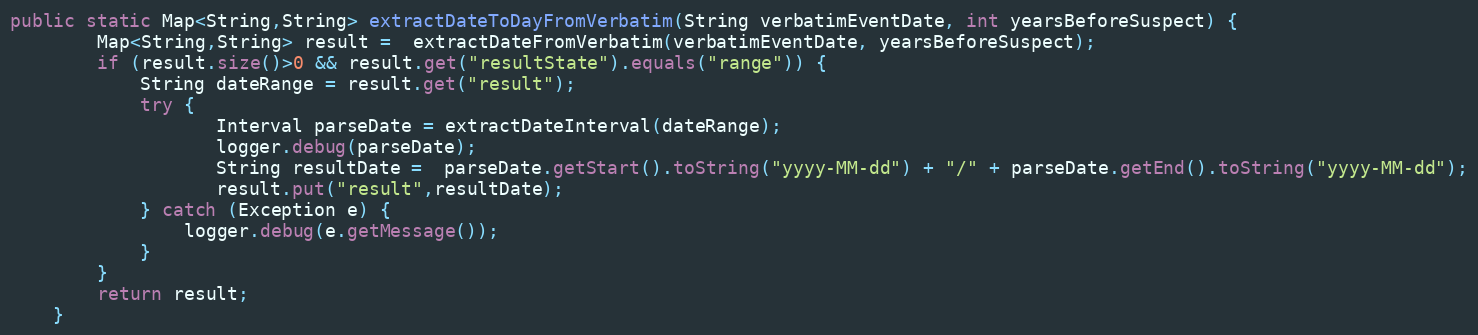
Language: Java
public static Map<String,String> extractDateToDayFromVerbatim(String verbatimEventDate, int yearsBeforeSuspect) {
		Map<String,String> result =  extractDateFromVerbatim(verbatimEventDate, yearsBeforeSuspect);
		if (result.size()>0 && result.get("resultState").equals("range")) {
			String dateRange = result.get("result");
			try {
				   Interval parseDate = extractDateInterval(dateRange);
				   logger.debug(parseDate);
				   String resultDate =  parseDate.getStart().toString("yyyy-MM-dd") + "/" + parseDate.getEnd().toString("yyyy-MM-dd");
				   result.put("result",resultDate);
			} catch (Exception e) {
				logger.debug(e.getMessage());
			}
		}
		return result;
	}